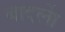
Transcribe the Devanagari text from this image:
बादलाें